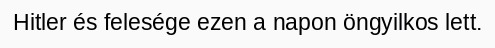
Hitler és felesége ezen a napon öngyilkos lett.